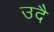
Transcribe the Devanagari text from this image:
उदै